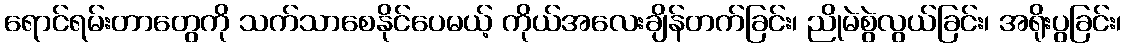
ရောင်ရမ်းတာတွေကို သက်သာစေနိုင်ပေမယ့် ကိုယ်အလေးချိန်တက်ခြင်း၊ ညိုမဲစွဲလွယ်ခြင်း၊ အရိုးပွခြင်း၊